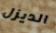
الديزل